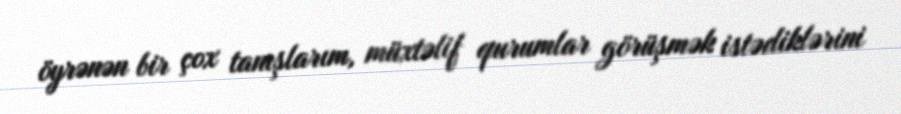
öyrənən bir çox tanışlarım, müxtəlif qurumlar görüşmək istədiklərini